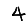
Digit: 4